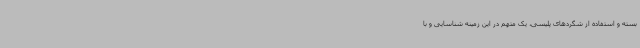
بسته و استفاده از شگردهای پلیسی، یک متهم در این زمینه شناسایی و با